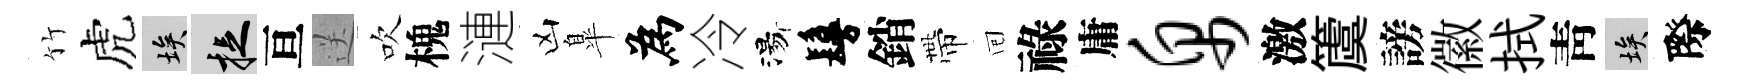
竹虎埃捉亘送吹槐漣凶臯為冷湯鬘銷帶囘祿庸帛激𥵂謗徽拭靑埃際